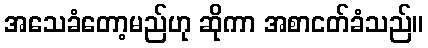
အသေခံတော့မည်ဟု ဆိုကာ အစာငတ်ခံသည်။